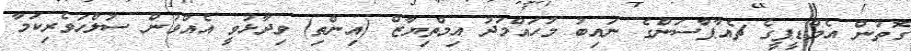
ގޮތުން އެމްޑީޕީގެ ޗެއާޕާސަންގެ ނައިބު މުހައްމަދު އިމްތިޔާޒް (އިންތި) ވިދާޅުވީ އެއްވުން ސުލްހަވެރިކަމާ